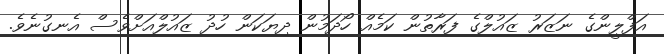
އަފްލީންގެ ނަޒަރު ޒައުލްގެ ފަރާތުން ކަމެއް ހޯދަމުން ދިޔަކަން ހުދު ޒައުލްއަށްވެސް އެނގުނެވެ.